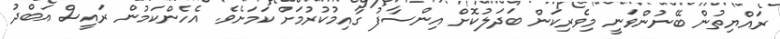
ރައްޔިތުން ބޭނުންވަނީ މިވެރިކަން ބަދަލުކޮށް އިންސާފު ގާއިމުކުރުމަށް ކަމަށެވެ. އެހެންކަމުން ރައީސް އަބްދު